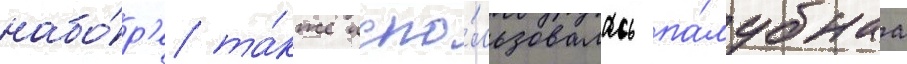
набо́р'е та́кже испо́льзовалась па́лубнаа